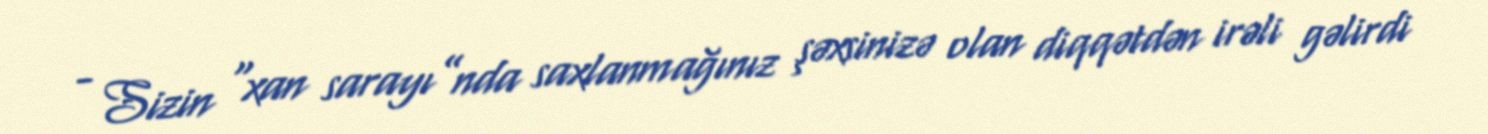
- Sizin “xan sarayı”nda saxlanmağınız şəxsinizə olan diqqətdən irəli gəlirdi